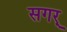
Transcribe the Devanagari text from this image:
सगर्